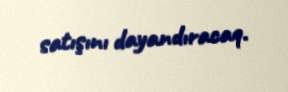
satışını dayandıracaq.